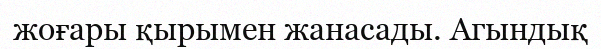
жоғары қырымен жанасады. Агындық